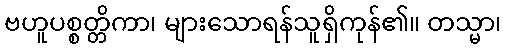
ဗဟူပစ္စတ္တိကာ၊ များသောရန်သူရှိကုန်၏။ တသ္မာ၊